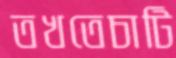
তখতেচাটি